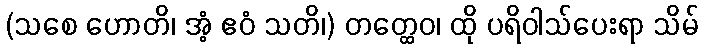
(သစေ ဟောတိ၊ အံ့ ဧဝံ သတိ၊) တတ္ထေဝ၊ ထို ပရိဝါသ်ပေးရာ သိမ်